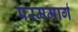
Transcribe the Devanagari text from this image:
परममार्ग